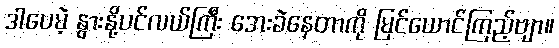
ဒါပေမဲ့ နွားနို့ပင်လယ်ကြီး အေးခဲနေတာကို မြင်ယောင်ကြည့်ဗျာ။